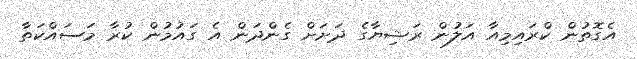
އެގޮތުން ކްރައިމިއާ އަލުން ރަޝިޔާގެ ދަށަށް ގެންދަން އެ ގައުމުން ކުރާ މަސައްކަތާ